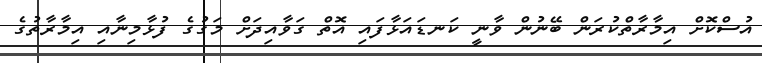
އުސްކޮށް އިމާރާތްކުރަން ބޭނުން ވާނީ ކަނޑައަޅާފައި އޮތް ގަވާއިދަށް މަގުގެ ފުޅާމިނާއި އިމާރާތުގެ